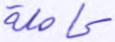
كاملة